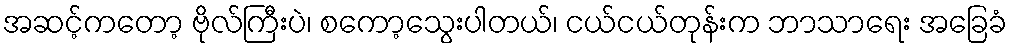
အဆင့်ကတော့ ဗိုလ်ကြီးပဲ၊ စကော့သွေးပါတယ်၊ ငယ်ငယ်တုန်းက ဘာသာရေး အခြေခံ